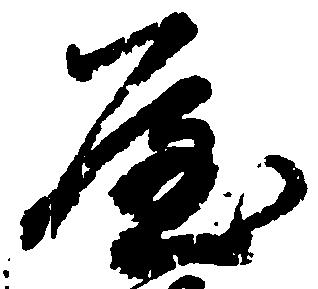
屋